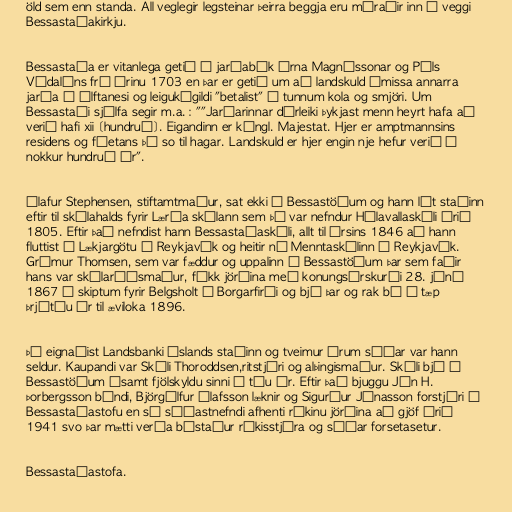
öld sem enn standa. All veglegir legsteinar þeirra beggja eru múraðir inn í veggi
Bessastaðakirkju.

Bessastaða er vitanlega getið í jarðabók Árna Magnússonar og Páls
Vídalíns frá árinu 1703 en þar er getið um að landskuld ýmissa annarra
jarða á Álftanesi og leigukúgildi "betalist" í tunnum kola og smjöri. Um
Bessastaði sjálfa segir m.a.: ""Jarðarinnar dýrleiki þykjast menn heyrt hafa að
verið hafi xii [hundruð]. Eigandinn er kóngl. Majestat. Hjer er amptmannsins
residens og fóetans þá so til hagar. Landskuld er hjer engin nje hefur verið í
nokkur hundruð ár".

Ólafur Stephensen, stiftamtmaður, sat ekki á Bessastöðum og hann lét staðinn
eftir til skólahalds fyrir Lærða skólann sem þá var nefndur Hólavallaskóli árið
1805. Eftir það nefndist hann Bessastaðaskóli, allt til ársins 1846 að hann
fluttist í Lækjargötu í Reykjavík og heitir nú Menntaskólinn í Reykjavík.
Grímur Thomsen, sem var fæddur og uppalinn á Bessastöðum þar sem faðir
hans var skólaráðsmaður, fékk jörðina með konungsúrskurði 28. júní
1867 í skiptum fyrir Belgsholt í Borgarfirði og bjó þar og rak bú í tæp
þrjátíu ár til æviloka 1896.

Þá eignaðist Landsbanki Íslands staðinn og tveimur árum síðar var hann
seldur. Kaupandi var Skúli Thoroddsen,ritstjóri og alþingismaður. Skúli bjó á
Bessastöðum ásamt fjölskyldu sinni í tíu ár. Eftir það bjuggu Jón H.
Þorbergsson bóndi, Björgúlfur Ólafsson læknir og Sigurður Jónasson forstjóri í
Bessastaðastofu en sá síðastnefndi afhenti ríkinu jörðina að gjöf árið
1941 svo þar mætti verða bústaður ríkisstjóra og síðar forsetasetur.

Bessastaðastofa.